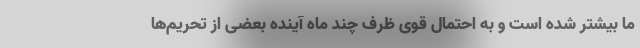
ما بیشتر شده است و به احتمال قوی ظرف چند ماه آینده بعضی از تحریم‌ها